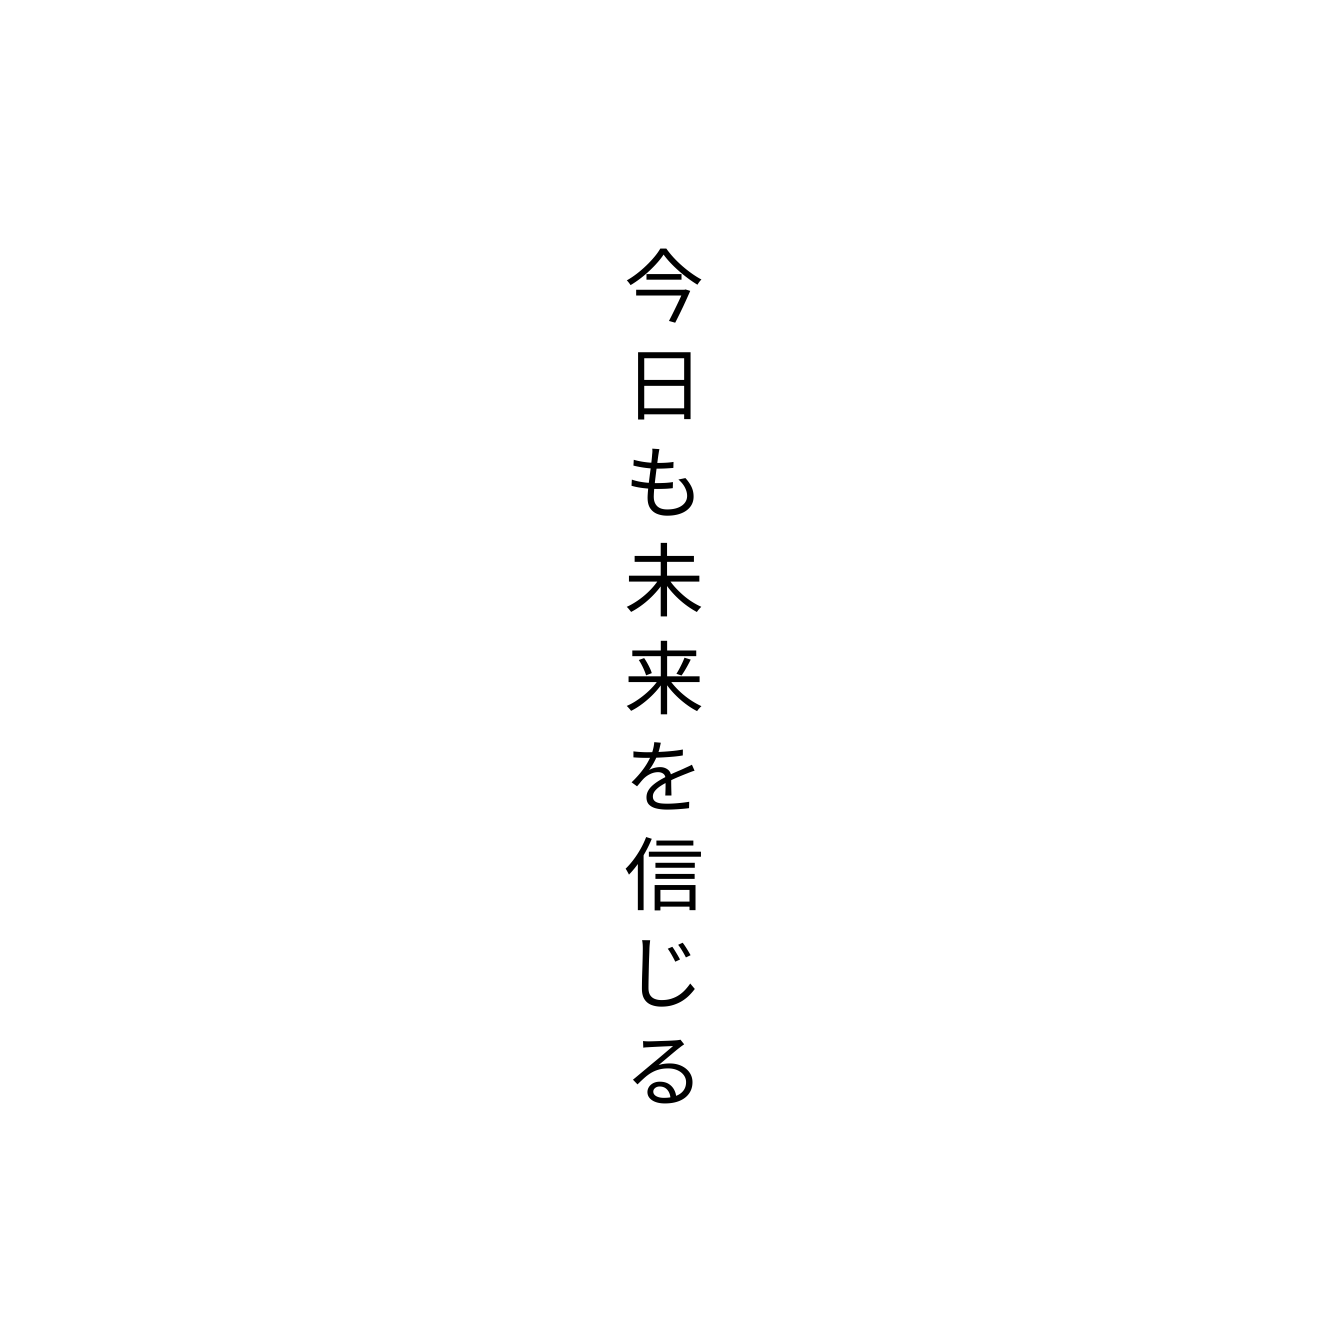
今日も未来を信じる